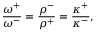
\frac { \omega ^ { + } } { \omega ^ { - } } = \frac { \rho ^ { - } } { \rho ^ { + } } = \frac { \kappa ^ { + } } { \kappa ^ { - } } ,